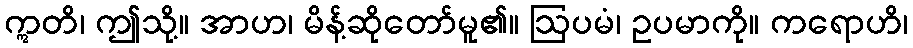
ဣတိ၊ ဤသို့။ အာဟ၊ မိန့်ဆိုတော်မူ၏။ ဩပမံ၊ ဥပမာကို။ ကရောဟိ၊